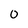
Character: 0